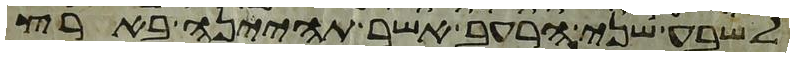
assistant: לשבע שני הרעב אשר תהינה בארץ